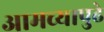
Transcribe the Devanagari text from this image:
आमच्यापुढे